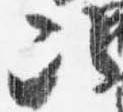
次